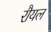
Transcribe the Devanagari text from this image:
रौयल